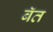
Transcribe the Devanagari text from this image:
बॅत